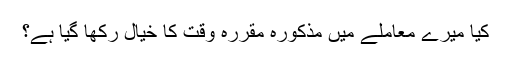
کیا میرے معاملے میں مذکورہ مقررہ وقت کا خیال رکھا گیا ہے؟